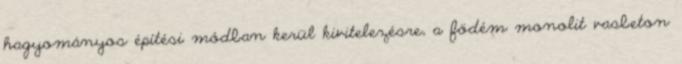
hagyományos építési módban kerül kivitelezésre, a födém monolit vasbeton